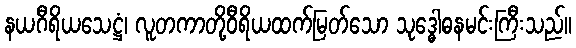
နယဂီရိယသေဋ္ဌံ၊ လူတကာတို့ဝီရိယထက်မြတ်သော သုဒ္ဓေါဓနမင်းကြီးသည်။